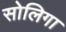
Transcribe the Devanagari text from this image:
सोलिगा